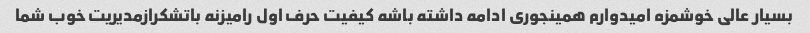
بسیار عالی خوشمزه امیدوارم همینجوری ادامه داشته باشه کیفیت حرف اول رامیزنه باتشکرازمدیریت خوب شما